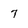
Character: 7